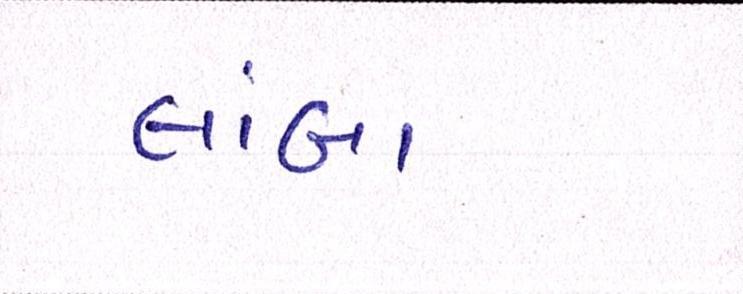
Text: લાંબા